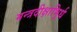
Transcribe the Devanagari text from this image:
मन्त्रदीक्षाभिर्र्ध